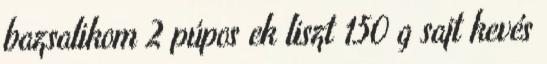
bazsalikom 2 púpos ek liszt 150 g sajt kevés